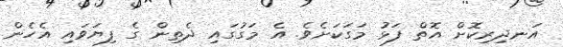
އަނދިރިކޮށް އޮތް ފަޅު މަގަކަށެވެ. އެ މަގުގައި ދެތިން ގެ ފިޔަވައި އެހެން